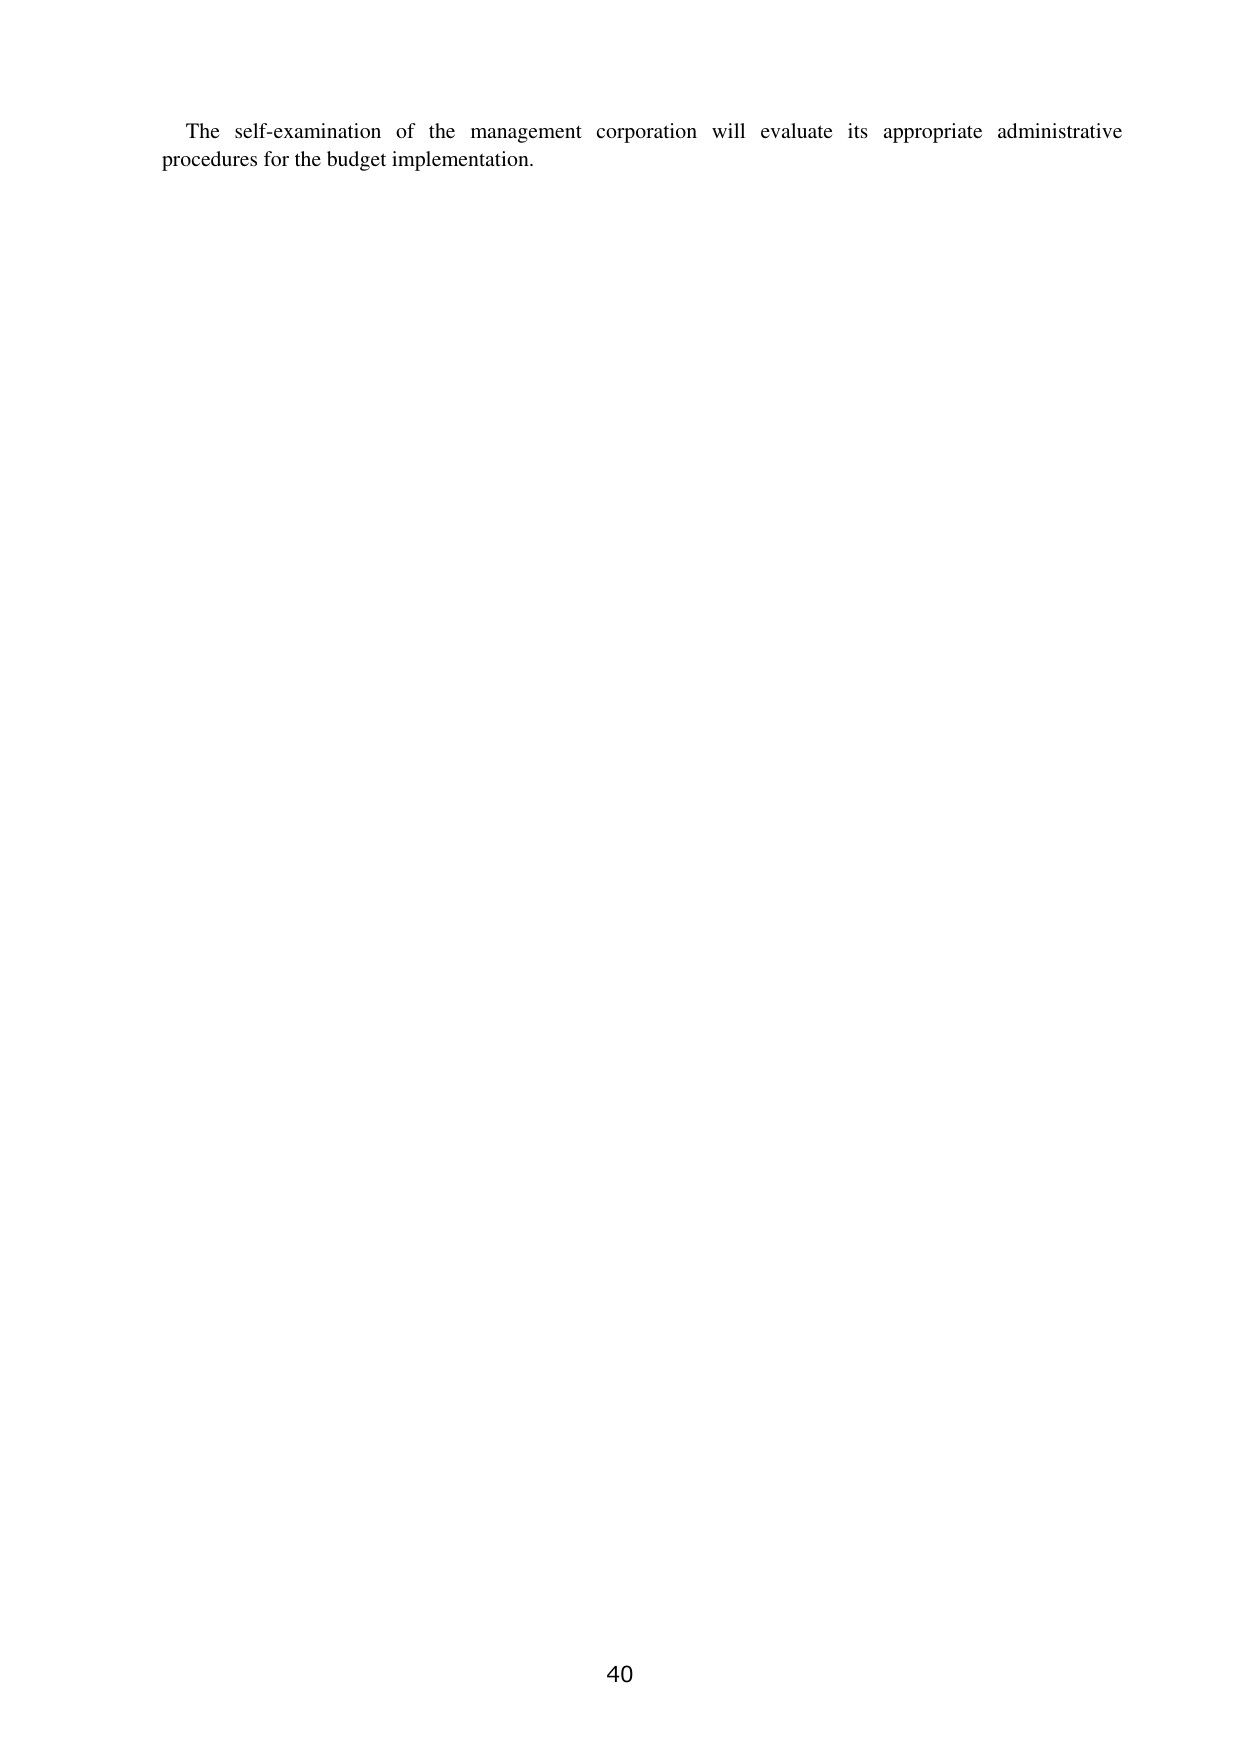
The self-examination of the management corporation will evaluate its appropriate administrative procedures for the budget implementation.

40